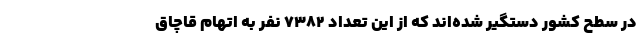
در سطح کشور دستگیر شده‌اند که از این تعداد ۷۳۸۲ نفر به اتهام قاچاق